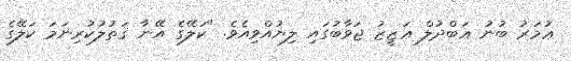
ޢުމަރު ބުނު ޢަބްދުލް ޢަޒީޒު ޖަވާބުގައި ލިޔުއްވިއެވެ. "ކަލޭގެ އޭނާ ޤަތުލުކުރިނަމަ ކަލޭގެ